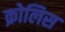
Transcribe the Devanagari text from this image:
क्रोलिस